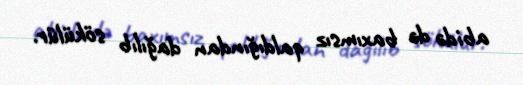
abidə də baxımsız qaldığından dağılıb sökülür.